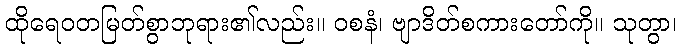
ထိုရေဝတမြတ်စွာဘုရား၏လည်း။ ဝစနံ၊ ဗျာဒိတ်စကားတော်ကို။ သုတွာ၊